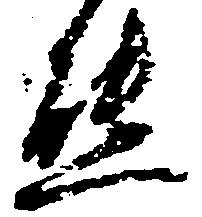
熊